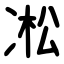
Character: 凇